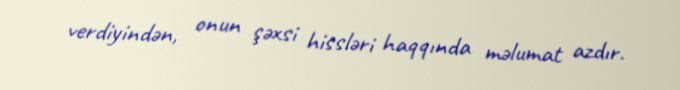
verdiyindən, onun şəxsi hissləri haqqında məlumat azdır.